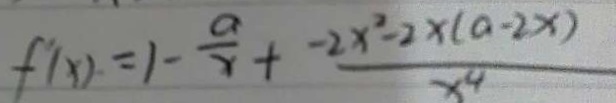
f ^ { \prime } ( x ) = 1 - \frac { a } { x } + \frac { - 2 x ^ { 2 } - 2 \times ( a - 2 x ) } { x ^ { 4 } }